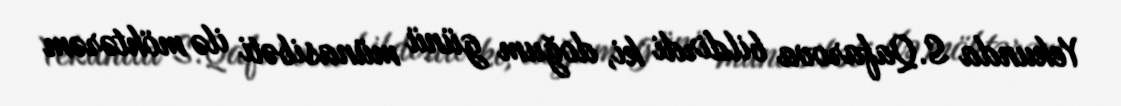
Yekunda S.Qafarova bildirdi ki, doğum günü münasibəti ilə möhtərəm